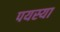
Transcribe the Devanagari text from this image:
पयस्या